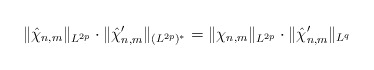
\begin{align*}\|\hat{\chi}_{n,m}\|_{L^{2p}}\cdot \|\hat\chi'_{n,m}\|_{(L^{2p})^*}= \|\chi_{n,m}\|_{L^{2p}}\cdot \|\hat\chi'_{n,m}\|_{L^q}\end{align*}